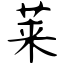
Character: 莱